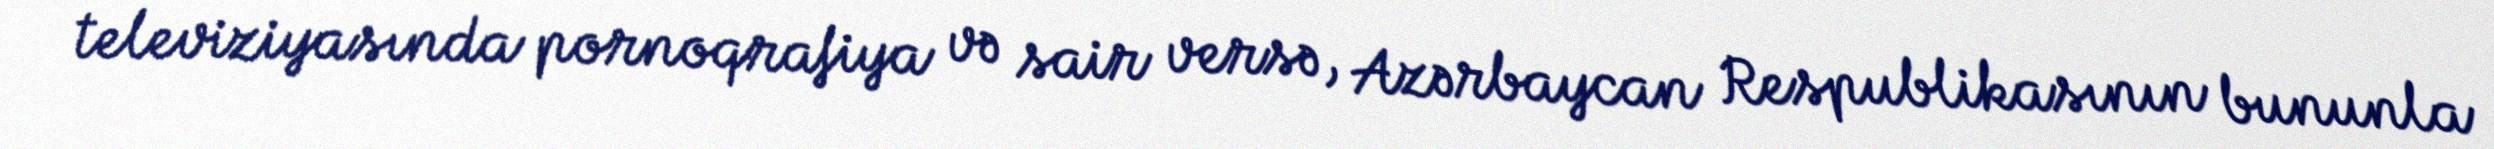
televiziyasında pornoqrafiya və sair versə, Azərbaycan Respublikasının bununla